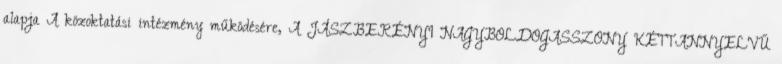
alapja A közoktatási intézmény működésére, A JÁSZBERÉNYI NAGYBOLDOGASSZONY KÉTTANNYELVŰ